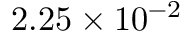
2 . 2 5 \times 1 0 ^ { - 2 }